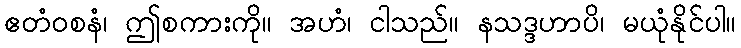
ဧတံဝစနံ၊ ဤစကားကို။ အဟံ၊ ငါသည်။ နသဒ္ဒဟာပိ၊ မယုံနိုင်ပါ။